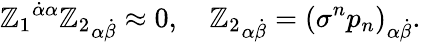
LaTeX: {\mathbb{Z}_{1}}^{\dot{{\alpha}}\alpha}{\mathbb{Z}_{2}}_{\alpha\dot{{\beta}}}\approx0,\quad{\mathbb{Z}_{2}}_{\alpha\dot{{\beta}}}={(\sigma^{n}p_{n})}_{\alpha\dot{{\beta}}}.